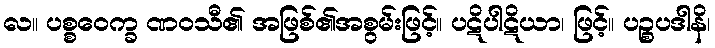
လ။ ပစ္စဝေက္ခ ဏဝသီ၏ အဖြစ်၏အစွမ်းဖြင့်။ ပဋိပါဋိယာ၊ ဖြင့်။ ပဉ္စပဒါနိ၊